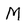
Character: M